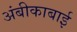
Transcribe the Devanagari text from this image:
अंबीकाबाई